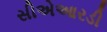
સીએઆરડી